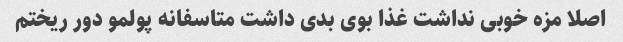
اصلا مزه خوبی نداشت غذا بوی بدی داشت متاسفانه پولمو دور ریختم